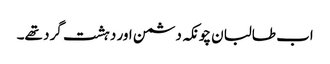
اب طالبان چونکہ دشمن اور دہشت گرد تھے۔